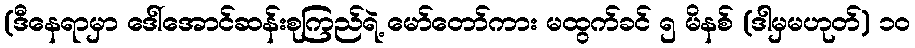
(ဒီနေရာမှာ ဒေါ်အောင်ဆန်းစုကြည်ရဲ့ မော်တော်ကား မထွက်ခင် ၅ မိနစ် (ဒါမှမဟုတ်) ၁၀